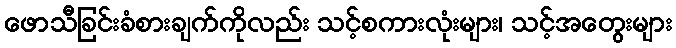
ဖောသီခြင်းခံစားချက်ကိုလည်း သင့်စကားလုံးများ၊ သင့်အတွေးများ